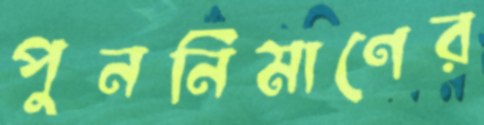
পুনর্নিমাণের